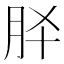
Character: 𮶕